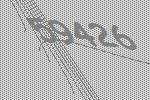
59426